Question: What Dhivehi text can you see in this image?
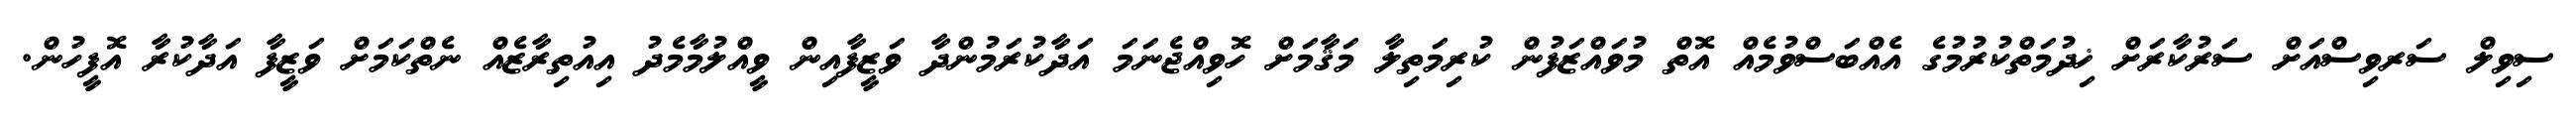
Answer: ސިވިލް ސަރވިސްއަށް ސަރުކާރަށް ޚިދުމަތްކުރުމުގެ އެއްބަސްވުމެއް އޮތް މުވައްޒަފުން ކުރިމަތިލާ މަޤާމަށް ހޮވިއްޖެނަމަ އަދާކުރަމުންދާ ވަޒީފާއިން ވީއްލުމާމެދު އިއުތިރާޒެއް ނެތްކަމަށް ވަޒީފާ އަދާކުރާ އޮފީހުން.